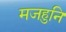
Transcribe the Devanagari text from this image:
मजहुनि